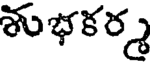
శుభకర్మ